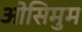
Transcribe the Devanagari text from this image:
ओसिमुम